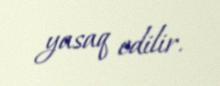
yasaq edilir.